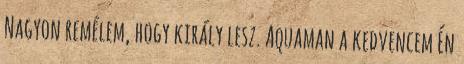
Nagyon remélem, hogy király lesz. Aquaman a kedvencem Én